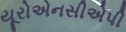
યૂરોએનસીએપી